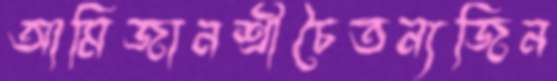
আমিজানশ্রীচৈতন্যজিন